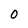
Character: 0